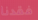
فقدنا